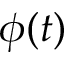
\phi ( t )